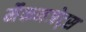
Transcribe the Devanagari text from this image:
मैकनजेट्स